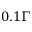
0 . 1 \Gamma